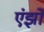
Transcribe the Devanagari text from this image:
एंझो